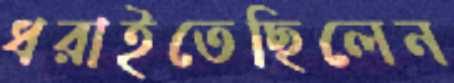
ধরাইতেছিলেন